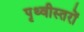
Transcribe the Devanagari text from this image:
पृथ्वीस्तरों